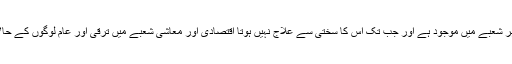
کرپشن کا کینسر ملک کے ہر شعبے میں موجود ہے اور جب تک اس کا سختی سے علاج نہیں ہوتا اقتصادی اور معاشی شعبے میں ترقی اور عام لوگوں کے حالات میں بہتری ناممکن ہے۔